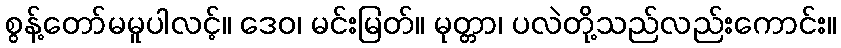
စွန့်တော်မမူပါလင့်။ ဒေဝ၊ မင်းမြတ်။ မုတ္တာ၊ ပလဲတို့သည်လည်းကောင်း။